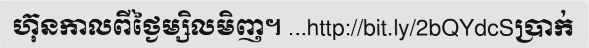
ហ៊ុនកាលពីថ្ងៃម្សិលមិញ។ ...http://bit.ly/2bQYdcSប្រាក់